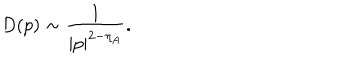
D ( p ) \sim \frac { 1 } { | p | ^ { 2 - \eta _ { A } } } .